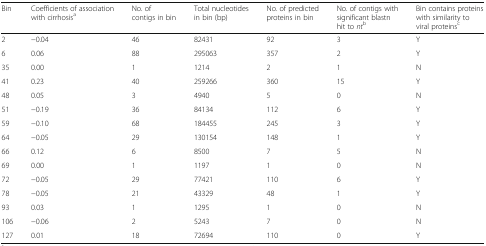
| Bin | Coefficients of association with cirrhosisa | No. of contigs in bin | Total nucleotides in bin (bp) | No. of predicted proteins in bin | No. of contigs with significant blastn hit to ntb | Bin contains proteins with similarity to viral proteinsc |
 | --- | --- | --- | --- | --- | --- | --- |
 | 2 | −0.04 | 46 | 82431 | 92 | 3 | Y |
 | 6 | 0.06 | 88 | 295063 | 357 | 2 | Y |
 | 35 | 0.00 | 1 | 1214 | 2 | 1 | N |
 | 41 | 0.23 | 40 | 259266 | 360 | 15 | Y |
 | 48 | 0.05 | 3 | 4940 | 5 | 0 | N |
 | 51 | −0.19 | 36 | 84134 | 112 | 6 | Y |
 | 59 | −0.10 | 68 | 184455 | 245 | 3 | Y |
 | 64 | −0.05 | 29 | 130154 | 148 | 1 | Y |
 | 66 | 0.12 | 6 | 8500 | 7 | 5 | N |
 | 69 | 0.00 | 1 | 1197 | 1 | 0 | N |
 | 72 | −0.05 | 29 | 77421 | 110 | 6 | Y |
 | 78 | −0.05 | 21 | 43329 | 48 | 1 | Y |
 | 93 | 0.03 | 1 | 1295 | 1 | 0 | N |
 | 106 | −0.06 | 2 | 5243 | 7 | 0 | N |
 | 127 | 0.01 | 18 | 72694 | 110 | 0 | Y |